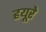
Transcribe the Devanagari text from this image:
हयूरे